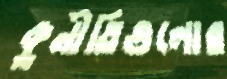
কুনীতিগুলোর